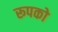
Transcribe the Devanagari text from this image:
रूपको